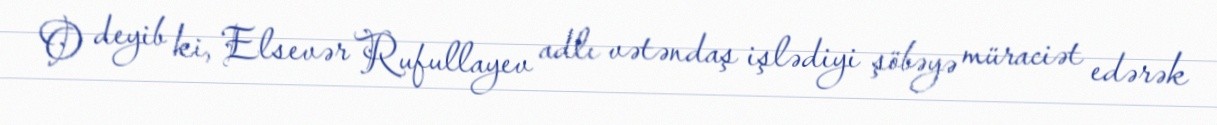
O deyib ki, Elsevər Rufullayev adlı vətəndaş işlədiyi şöbəyə müraciət edərək